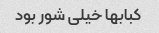
کبابها خیلی شور بود